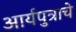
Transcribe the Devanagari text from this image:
आर्यपुत्राचे